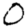
Digit: 0